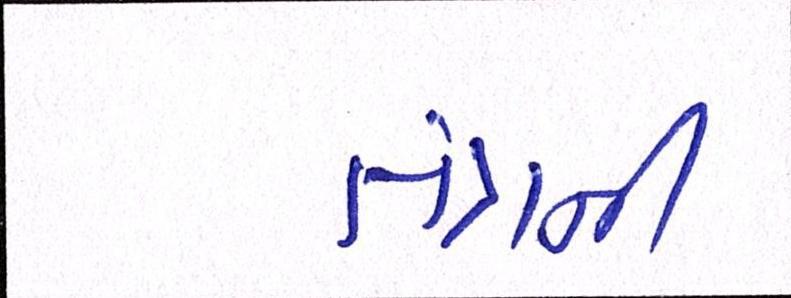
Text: તંત્રની